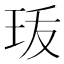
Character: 𤤣